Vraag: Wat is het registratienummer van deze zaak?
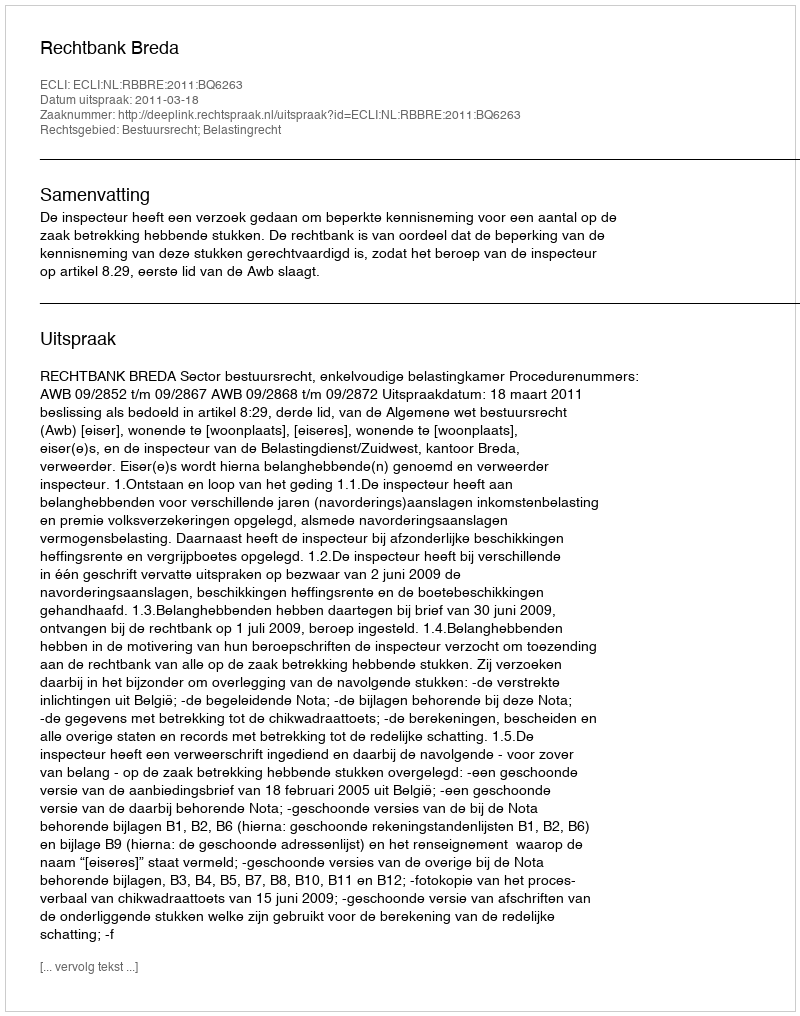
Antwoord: http://deeplink.rechtspraak.nl/uitspraak?id=ECLI:NL:RBBRE:2011:BQ6263